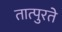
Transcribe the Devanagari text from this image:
तात्पुरतेे